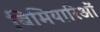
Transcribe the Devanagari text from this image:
बिमियारिओं